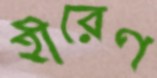
হীরেণ